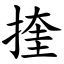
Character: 㨒